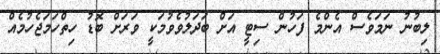
ލިބުނު ނަމަވެސް އެންމެ ފަހުން ސިޓީ އަށް ބަދަލުވެވުމަކީ ވަރަށް ބޮޑު ހިތްހަމަޖެހުމެއް